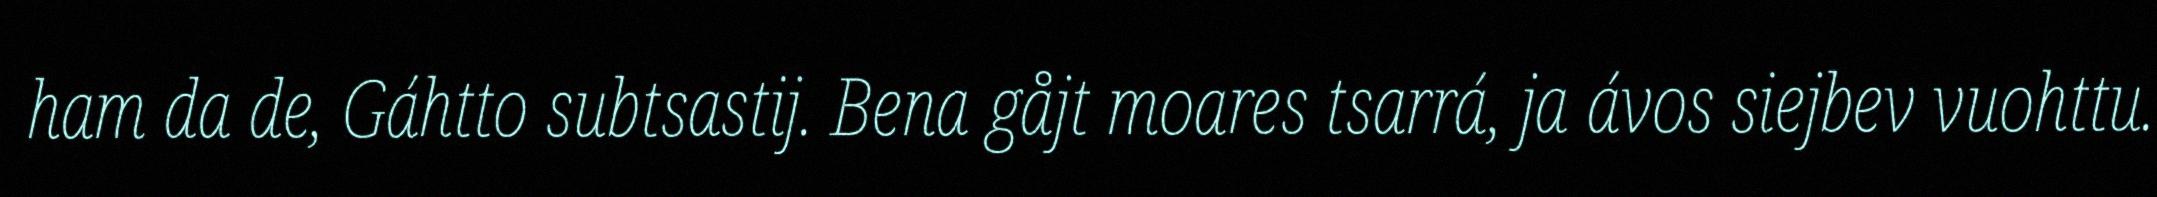
ham da de, Gáhtto subtsastij. Bena gåjt moares tsarrá, ja ávos siejbev vuohttu.